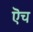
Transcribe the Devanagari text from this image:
ऎच